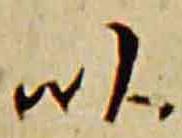
以